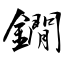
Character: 鐗